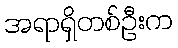
အရာရှိတစ်ဦးက